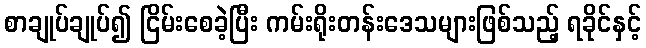
စာချုပ်ချုပ်၍ ငြိမ်းစေခဲ့ပြီး ကမ်းရိုးတန်းဒေသများဖြစ်သည့် ရခိုင်နှင့်